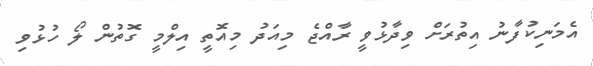
އެމަނިކުފާނު އިތުރަށް ވިދާޅުވީ ރާއްޖެ މިއަދު މިއޮތީ އިލްމީ ގޮތުން ލޯ ހުޅުވި